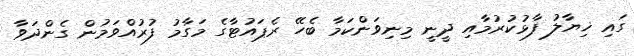
ގައި ޚިޔާލު ފާޅުކުރުމާއި ދީނީ މިނިވަންކަމާ ބެހޭ ރެޕައުޓާގެ މަގާމު ފުރުއްވަމުން ގެންދަވާ